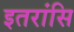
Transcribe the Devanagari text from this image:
इतरांसि